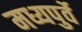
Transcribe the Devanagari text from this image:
मध्यपुर्वे